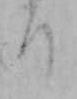
り